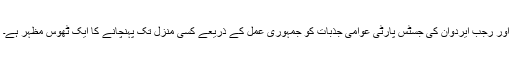
اور رجب ایردوان کی جسٹس پارٹی عوامی جذبات کو جمہوری عمل کے ذریعے کسی منزل تک پہنچانے کا ایک ٹھوس مظہر ہے۔